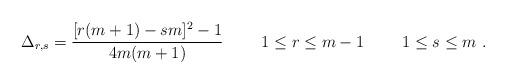
LaTeX: \begin{align*}\Delta_{r,s} = { [r(m+1) -s m ]^2 -1 \over 4 m (m+1)} \ \qquad1 \leq r \leq m-1 \ \qquad 1 \leq s \leq m \ .\end{align*}